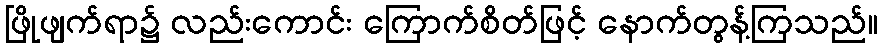
ဖြိုဖျက်ရာ၌ လည်းကောင်း ကြောက်စိတ်ဖြင့် နောက်တွန့်ကြသည်။